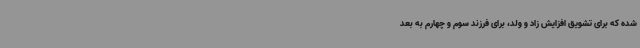
شده که برای تشویق افزایش زاد و ولد، برای فرزند سوم و چهارم به بعد